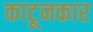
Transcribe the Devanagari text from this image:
काटूनकार